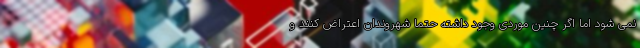
نمی شود اما اگر چنین موردی وجود داشته حتما شهروندان اعتراض کنند و